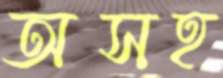
অসহ